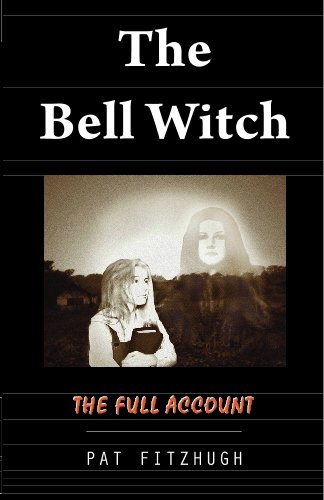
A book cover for The Bell Witch : The Full Account; Pat Fitzhugh; Religion & Spirituality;